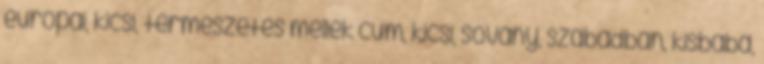
európai, kicsi, természetes mellek cum, kicsi, sovány, szabadban, kisbaba,